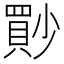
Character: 𡮳